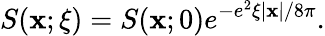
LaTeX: S(\mathbf{x};\xi)=S(\mathbf{x};0)e^{-e^{2}\xi\left|\mathbf{x}\right|/8\pi}.